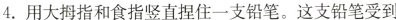
4. 用大拇指和食指竖直捏住一支铅笔。这支铅笔受到